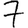
Digit: 7